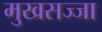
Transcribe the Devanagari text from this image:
मुखसज्जा